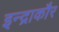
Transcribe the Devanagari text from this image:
इन्द्राकौर